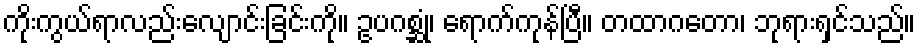
ကိုးကွယ်ရာလည်းလျောင်းခြင်းကို။ ဥပဂစ္ဆုံ၊ ရောက်ကုန်ပြီ။ တထာဂတော၊ ဘုရားရှင်သည်။